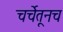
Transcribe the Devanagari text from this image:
चर्चेतूनच